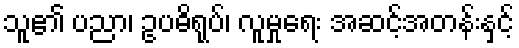
သူ၏ ပညာ၊ ဥပဓိရုပ်၊ လူမှုရေး အဆင့်အတန်းနှင့်